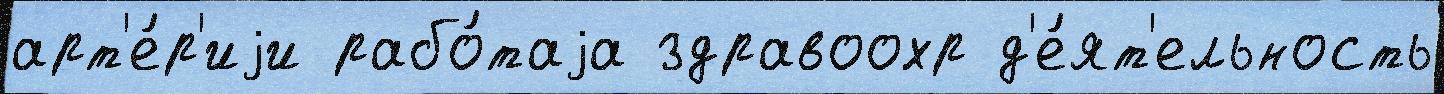
арт'е́р'иjи рабо́таjа здравоохр д'е́ят'ельность